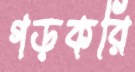
গড়করি